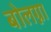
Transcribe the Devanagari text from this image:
बोलग्ना